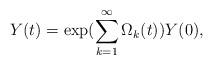
LaTeX: \begin{align*}Y(t)=\exp(\sum_{k=1}^{\infty}\Omega_k(t))Y(0),\end{align*}